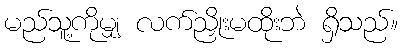
မည်သူ့ကိုမျှ လက်ညှိုးမထိုးဘဲ ရှိသည်။